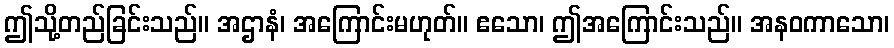
ဤသို့တည်ခြင်းသည်။ အဌာနံ၊ အကြောင်းမဟုတ်။ ဧသော၊ ဤအကြောင်းသည်။ အနဝကာသော၊